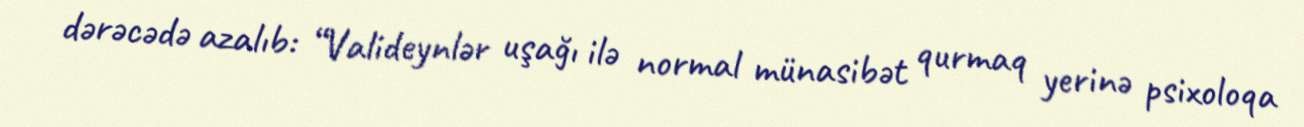
dərəcədə azalıb: “Valideynlər uşağı ilə normal münasibət qurmaq yerinə psixoloqa